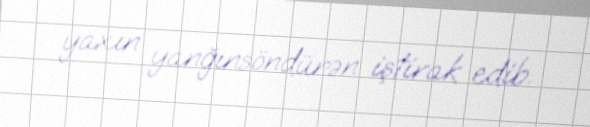
yaxın yanğınsöndürən iştirak edib.